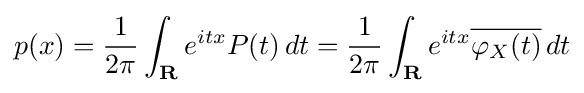
p(x)={\frac {1}{2\pi }}\int _{\mathbf {R} }e^{itx}P(t)\,dt={\frac {1}{2\pi }}\int _{\mathbf {R} }e^{itx}{\overline {\varphi _{X}(t)}}\,dt